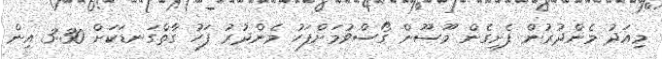
މިއަދު މެންދުރުން ފެށިގެން މޫސޫން ގޯސްވުމަށްފަހު މެންދުރު ފަހު ގާތްގަނޑަކަށް 3:30 އިން